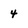
Character: 4